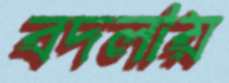
বদলায়